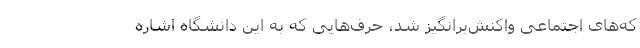
که‌های اجتماعی واکنش‌برانگیز شد، حرف‌هایی که به این دانشگاه اشاره